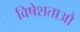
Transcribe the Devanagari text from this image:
विषेशताऔ